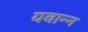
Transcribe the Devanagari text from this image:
यवान्न